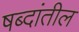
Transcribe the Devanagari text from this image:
षब्दांतील